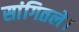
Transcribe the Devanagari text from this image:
सांगितले।